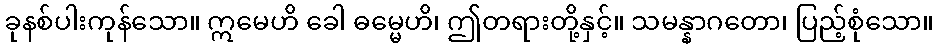
ခုနစ်ပါးကုန်သော။ ဣမေဟိ ခေါ ဓမ္မေဟိ၊ ဤတရားတို့နှင့်။ သမန္နာဂတော၊ ပြည့်စုံသော။